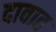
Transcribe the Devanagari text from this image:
दावात